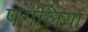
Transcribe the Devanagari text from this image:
पगलिया